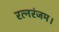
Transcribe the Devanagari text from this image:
रत्नरंजम।